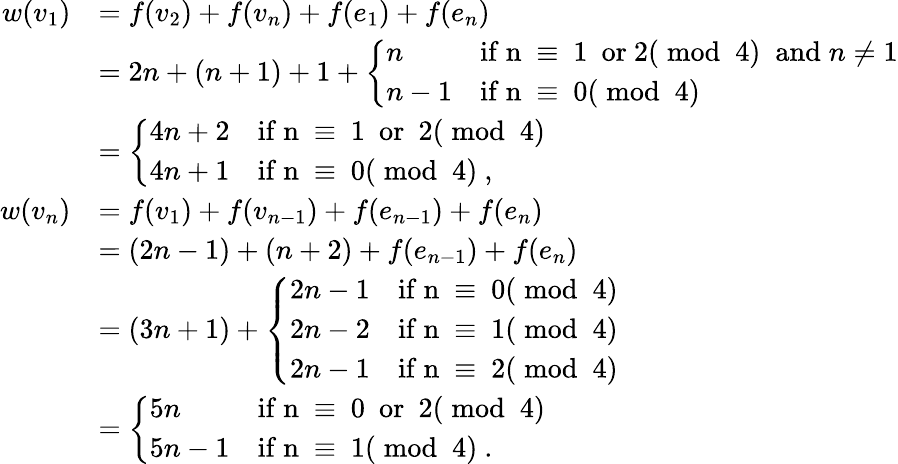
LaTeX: \begin{array}{rl}{w(v_{1})}&{=f(v_{2})+f(v_{n})+f(e_{1})+f(e_{n})}\\ &{=2n+(n+1)+1+\left\{ \begin{array}{ll}{n}&{\mathrm{if~n~\equiv~1~\mathrm{~or~}2(\bmod~4)~}\; \mathrm{and}\; n\ne 1}\\ {n-1}&{\mathrm{if~n~\equiv~0(\bmod~4)~}}\end{array}\right.}\\ &{=\left\{ \begin{array}{ll}{4n+2}&{\mathrm{if~n~\equiv~1~\mathrm{~or~}~2(\bmod~4)~}}\\ {4n+1}&{\mathrm{if~n~\equiv~0(\bmod~4)~},}\end{array}\right.}\\ {w(v_{n})}&{=f(v_{1})+f(v_{n-1})+f(e_{n-1})+f(e_{n})}\\ &{=(2n-1)+(n+2)+f(e_{n-1})+f(e_{n})}\\ &{=(3n+1)+\left\{ \begin{array}{ll}{2n-1}&{\mathrm{if~n~\equiv~0(\bmod~4)~}}\\ {2n-2}&{\mathrm{if~n~\equiv~1(\bmod~4)~}}\\ {2n-1}&{\mathrm{if~n~\equiv~2(\bmod~4)~}}\end{array}\right.}\\ &{=\left\{ \begin{array}{ll}{5n}&{\mathrm{if~n~\equiv~0~\mathrm{~or~}~2(\bmod~4)~}}\\ {5n-1}&{\mathrm{if~n~\equiv~1(\bmod~4)~}.}\end{array}\right.}\end{array}